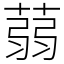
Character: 蒻